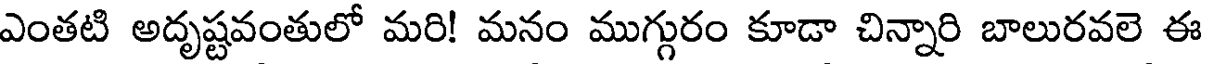
ఎంతటి అదృష్టవంతులో మరి! మనం ముగ్గురం కూడా చిన్నారి బాలురవలె ఈ